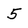
Character: 5